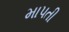
માપતી